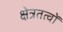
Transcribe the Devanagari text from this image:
क्षेत्रतत्वों